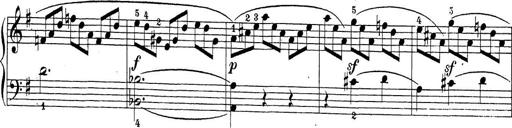
Title: Sonatina Album
Composer: Louis KÃ¶hler